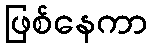
ဖြစ်နေကာ